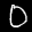
Label: 0